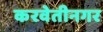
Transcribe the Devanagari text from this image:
करवेतीनगर